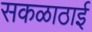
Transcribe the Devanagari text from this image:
सकळाठाई